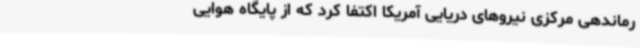
رماندهی مرکزی نیروهای دریایی آمریکا اکتفا کرد که از پایگاه هوایی